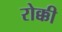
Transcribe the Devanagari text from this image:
रोक्की